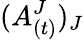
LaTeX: (A_{(t)}^{J})_{J}